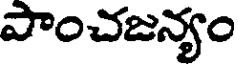
పాంచజన్యం